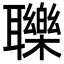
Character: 𦘈